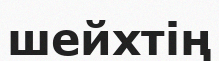
шейхтің